Treatise on elephants
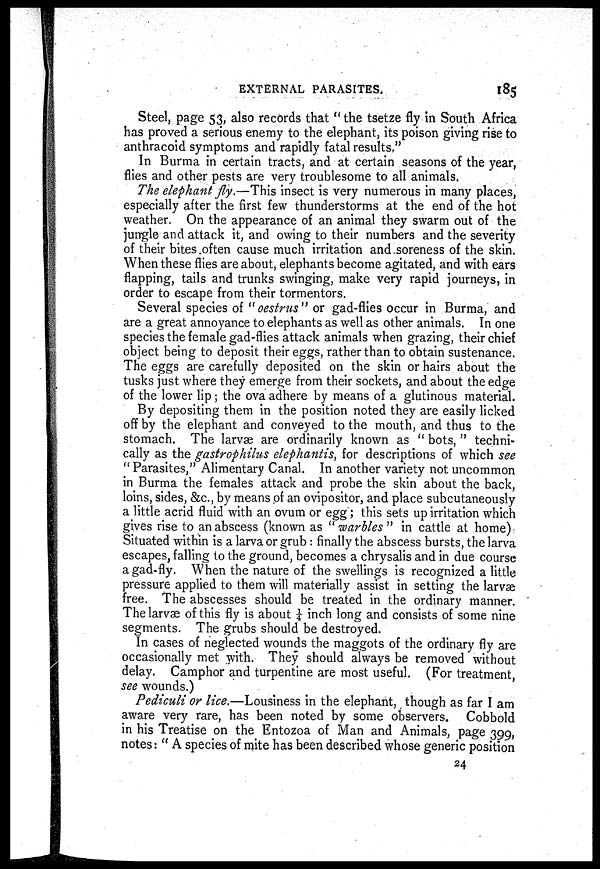
EXTERNAL PARASITES.
185
Steel, page 53, also records that "the tsetze fly in South Africa
has proved a serious enemy to the elephant, its poison giving rise to
anthracoid symptoms and rapidly fatal results."
In Burma in certain tracts, and at certain seasons of the year,
flies and other pests are very troublesome to all animals.
The elephant fly.—This insect is very numerous in many places,
especially after the first few thunderstorms at the end of the hot
weather. On the appearance of an animal they swarm out of the
jungle and attack it, and owing to their numbers and the severity
of their bites often cause much irritation and soreness of the skin.
When these flies are about, elephants become agitated, and with ears
flapping, tails and trunks swinging, make very rapid journeys, in
order to escape from their tormentors.
Several species of "oestrus" or gad-flies occur in Burma, and
are a great annoyance to elephants as well as other animals. In one
species the female gad-flies attack animals when grazing, their chief
object being to deposit their eggs, rather than to obtain sustenance.
The eggs are carefully deposited on the skin or hairs about the
tusks just where they emerge from their sockets, and about the edge
of the lower lip; the ova adhere by means of a glutinous material.
By depositing them in the position noted they are easily licked
off by the elephant and conveyed to the mouth, and thus to the
stomach. The larvæ are ordinarily known as "bots," techni-
cally as the gastrophilus elephantis, for descriptions of which see
" Parasites," Alimentary Canal. In another variety not uncommon
in Burma the females attack and probe the skin about the back,
loins, sides, &c., by means of an ovipositor, and place subcutaneously
a little acrid fluid with an ovum or egg"; this sets up irritation which
gives rise to an abscess (known as " warbles " in cattle at home)
Situated within is a larva or grub : finally the abscess bursts, the larva
escapes, falling to the ground, becomes a chrysalis and in due course
a gad-fly. When the nature of the swellings is recognized a little
pressure applied to them will materially assist in setting the larvæ
free. The abscesses should be treated in the ordinary manner.
The larvae of this fly is about ¼ inch long and consists of some nine
segments. The grubs should be destroyed.
In cases of neglected wounds the maggots of the ordinary fly are
occasionally met with. They should always be removed without
delay. Camphor and turpentine are most useful. (For treatment,
see wounds.)
Pediculi or lice.—Lousiness in the elephant, though as far I am
aware very rare, has been noted by some observers. Cobbold
in his Treatise on the Entozoa of Man and Animals, page 399,
notes: " A species of mite has been described whose generic position
24